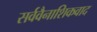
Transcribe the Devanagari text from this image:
सर्ववैनाशिकवाद